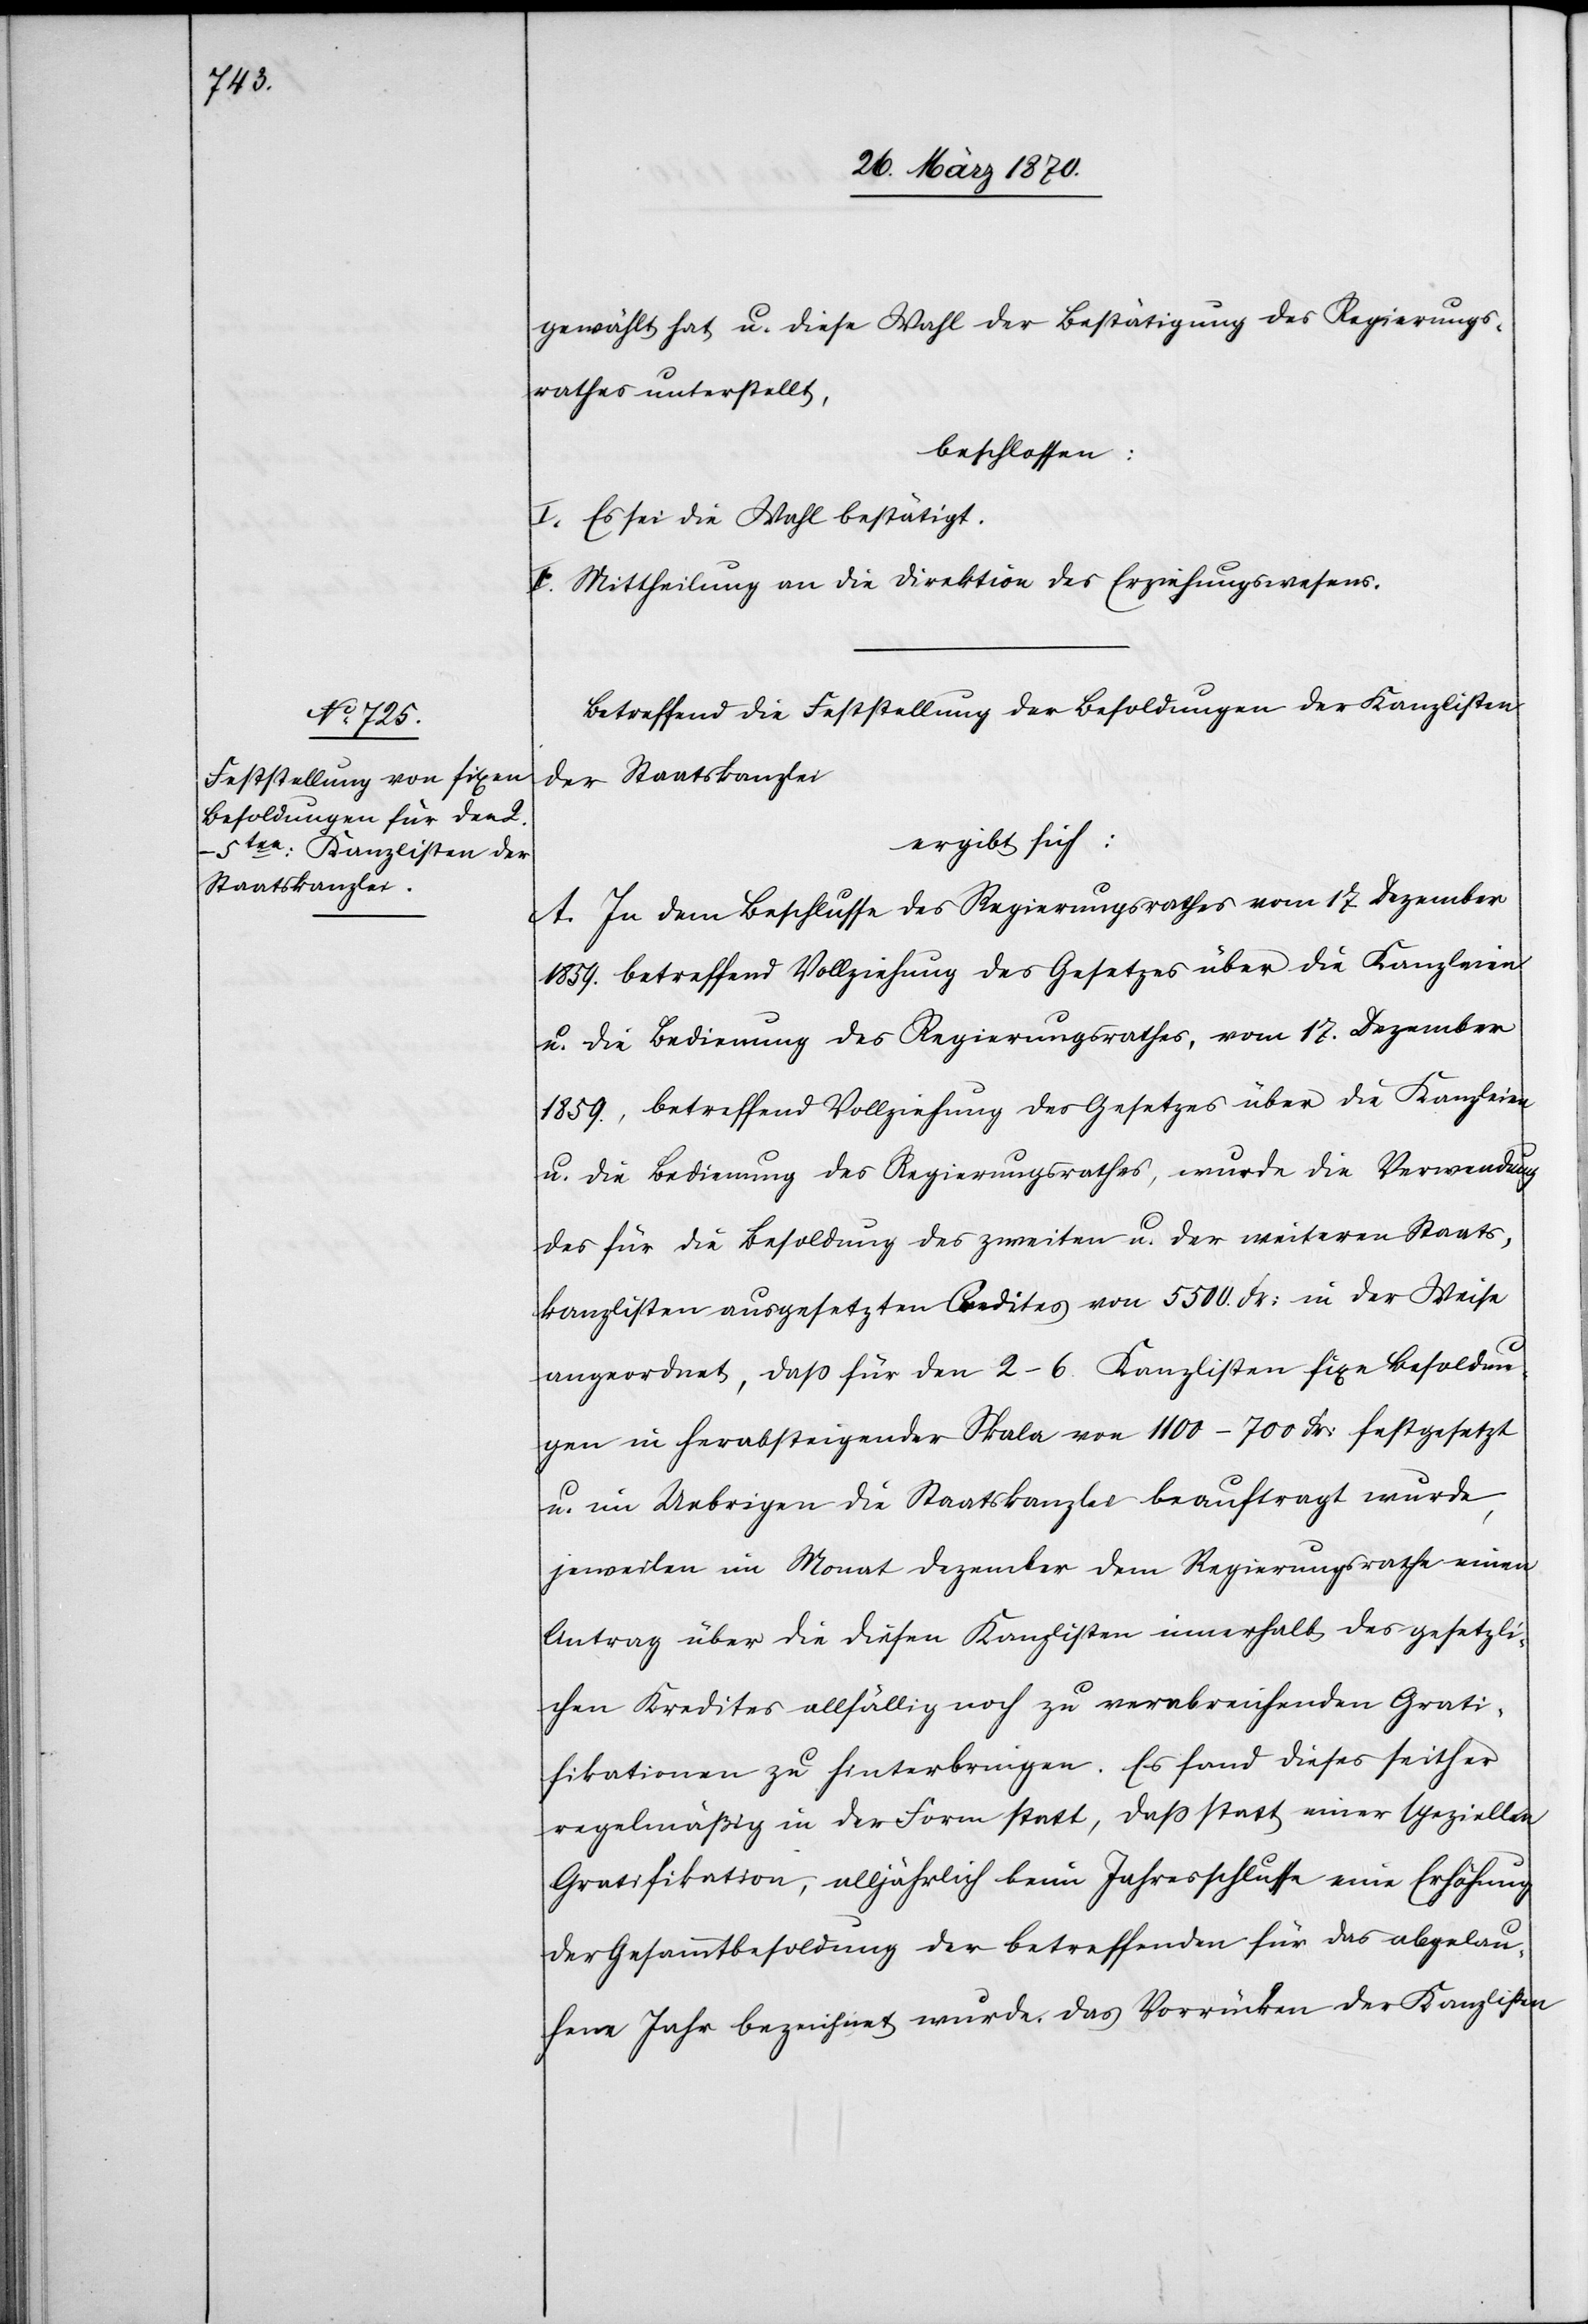
gewählt hat u. diese Wahl der Bestätigung des Regierungs¬
rathes unterstellt,
beschlossen:
I. Es sei die Wahl bestätigt.
II. Mittheilung an die Direktion des Erziehungswesens.
Betreffend die Feststellung der Besoldungen der Kanzlisten
der Staatskanzlei
ergibt sich:
A. In dem Beschlusse des Regierungsrathes vom 17 Dezember
1859. betreffend Vollziehung des Gesetzes über die Kanzleien
u. die Bedienung des Regierungsrathes, vom 17. Dezember
1859., betreffend Vollziehung des Gesetzes über die Kanzleien
u. die Bedienung des Regierungsrathes, [sic!] wurde die Verwendung
des für die Besoldung des zweiten u. der weiteren Staats¬
kanzlisten ausgesetzten Credites von 5500. Fr: in der Weise
angeordnet, daß für den 2–6 Kanzlisten fixe Besoldun¬
gen in herabsteigender Skala von 1100–700 Fr: festgesetzt
u. im Uebrigen die Staatskanzlei beauftragt wurde,
jeweilen im Monat Dezember dem Regierungsrathe einen
Antrag über die diesen Kanzlisten innerhalb des gesetzli¬
chen Kredites allfällig noch zu verabreichenden Grati¬
fikationen zu hinterbringen. Es fand dieses seither
regelmäßig in der Form statt, daß statt einer speziellen
Gratifikation, alljährlich beim Jahresschlusse eine Erhöhung
der Gesammtbesoldung der betreffenden für das abgelau¬
fene Jahr bezeichnet wurde. Das Vorrücken der Kanzlisten